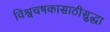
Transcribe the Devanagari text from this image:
विश्वचषकासाठीसुद्धा